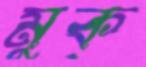
মুক্